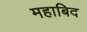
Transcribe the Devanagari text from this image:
महाबिद